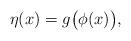
LaTeX: \begin{align*} \eta(x)=g\bigl(\phi(x)\bigr), \end{align*}